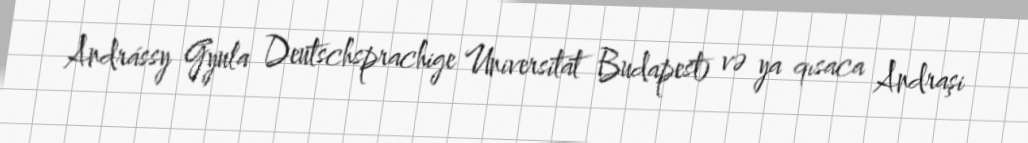
Andrássy Gyula Deutschsprachige Universität Budapest) və ya qısaca Andraşi